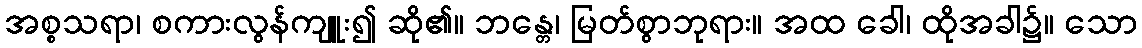
အစ္စသရာ၊ စကားလွန်ကျူး၍ ဆို၏။ ဘန္တေ၊ မြတ်စွာဘုရား။ အထ ခေါ၊ ထိုအခါ၌။ သော